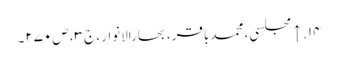
۱۴. ↑ مجلسی، محمدباقر، بحارالانوار، ج‌۳، ص‌۲۷۰۔